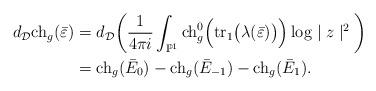
\begin{align*}d_\mathcal{D}{\rm ch}_g(\bar{\varepsilon})&=d_\mathcal{D}\bigg(\frac{1}{4\pi i}\int_{\mathbb{P}^1}{\rm ch}_g^0\Big({\rm tr}_1\big(\lambda(\bar{\varepsilon})\big)\Big)\log\mid z\mid^2\bigg)\\&={\rm ch}_g(\bar{E}_{0})-{\rm ch}_g(\bar{E}_{-1})-{\rm ch}_g(\bar{E}_{1}).\end{align*}